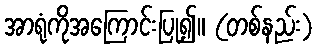
အာရုံကိုအကြောင်းပြု၍။ (တစ်နည်း)